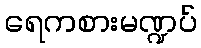
ရေကစားမဏ္ဍပ်